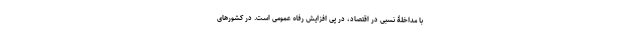
با مداخلۀ نسبی در اقتصاد، در پی افزایش رفاه عمومی است. در کشورهای